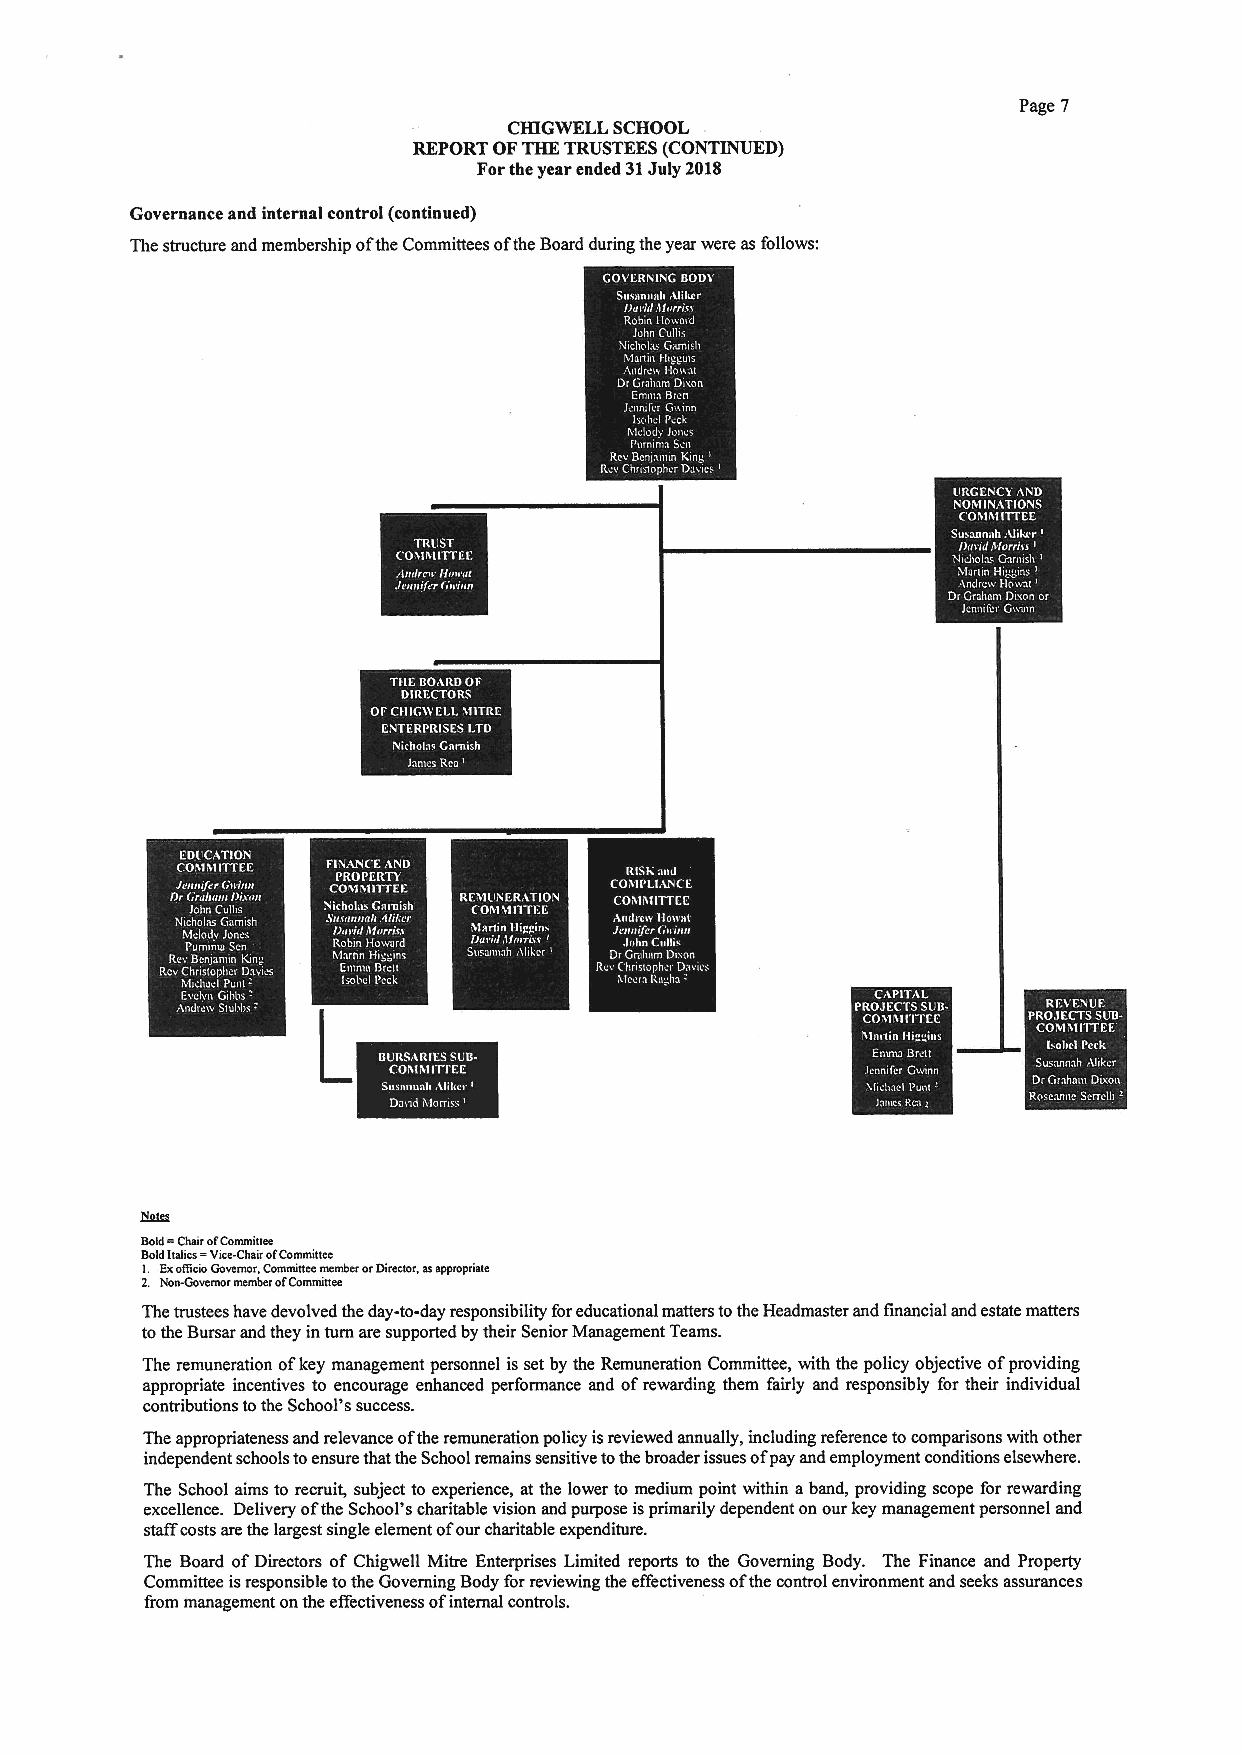
Page 7
 CHIGWELL SCHOOL
 REPORT OFTHETRUSTEES(CONTINUED)
 Forthe year ended 31July 2018
 Governance and internal control (continued)
 The structure and membership ofthe Committees ofthe Board during the year were as follows:
 s   t~I
 t~ '~
 I  ~
 '
 ~
 Bold=ChairofCommittee
 BoldItalics=Vice-Chair ofCommittee
 I. ExoFicioGovernor, Committee member orDirector, asappropriate
 2. iles~semor member ofCommittee
 The trustees have devolved the day-to-day responsibility foreducational matters tothe Headmaster and financial and estate matters
 tothe Bursar and they inturn are supported by their Senior Management Teams.
 The remuneration ofkey management personnel is set by the Remuneration Committee, with the policy objective ofproviding
 appropriate incentives to encourage enhanced performance and ofrewarding them fairly and responsibly for their individual
 contributions tothe School's success.
 The appropriateness and relevance ofthe remuneration policy isreviewed annually, including reference tocomparisons with other
 independent schools toensure that the School remains sensitive tothe broader issues ofpay and employment conditions elsewhere.
 The School aims to recruit, subject to experience, at the lower to medium point within aband, providing scope for rewarding
 excellence. Delivery ofthe School's charitable vision and purpose isprimarily dependent on our key management personnel and
 staffcosts are the largest single element ofour charitable expenditure.
 The Board ofDirectors of Chigwell Mitre Enterprises Limited reports to the Governing Body. The Finance and Property
 Committee isresponsible tothe Governing Body forreviewing the effectiveness ofthe control environment and seeks assurances
 from management onthe effectiveness ofinternal controls.